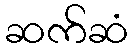
ဆက်ဆံ